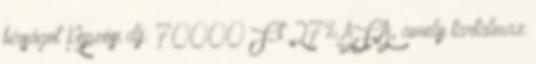
bírságot Képzési díj: 70000 Ft 27% ÁFA, amely tartalmaz